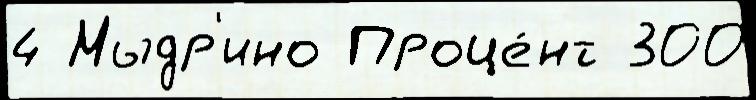
4 Мыдр'ино Проце́нт 300